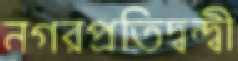
নগরপ্রতিদ্বন্দ্বী